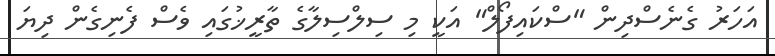
އަހަރު ގެނެސްދިން "ސްކައިފޯލް" އަކީ މި ސިލްސިލާގެ ތާރީޚުގައި ވެސް ފެނިގެން ދިޔަ